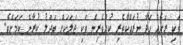
ވަކި ރަށެއް ހަދާ ނުރައްކާތެރި ކުށްވެރިން ވަކި ޖަލަކަށް ބަދަލު ކުރާނެ ކަމަށެވެ.